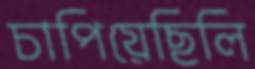
চাপিয়েছিলি